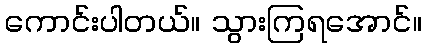
ကောင်းပါတယ်။ သွားကြရအောင်။